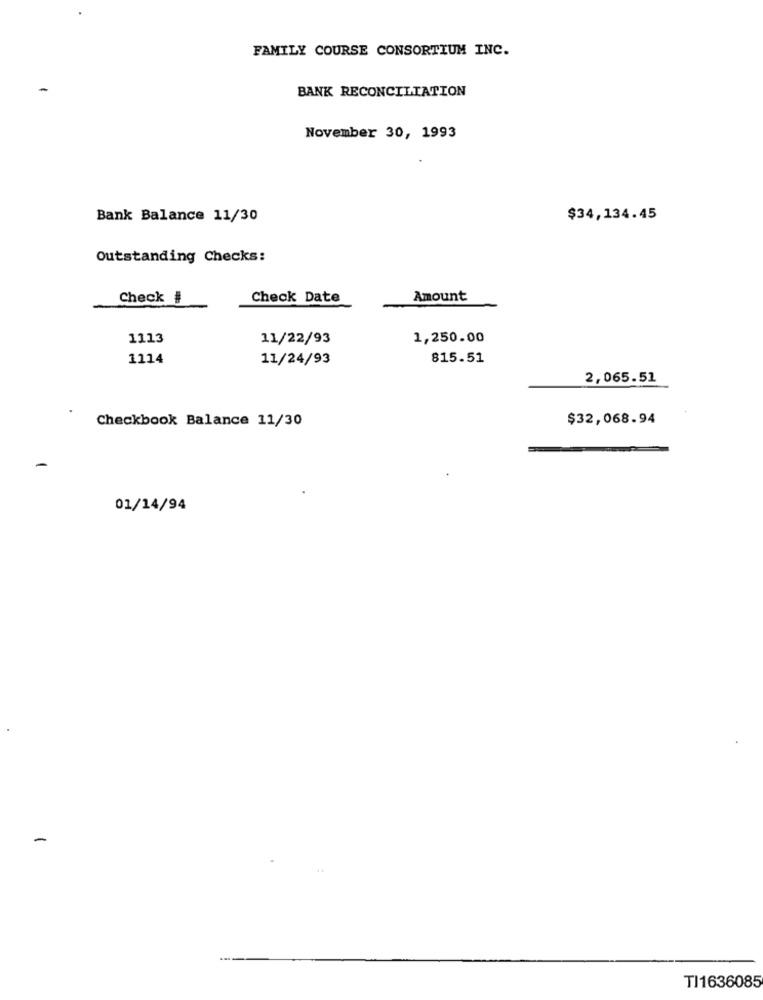
FAMILY COURSE CONSORTIUM INC.
BANK RECONCILIATION
November 30, 1993
Bank Balance 11/30
$34,134.45
Outstanding Checks:
Check #
Check Date
Amount
1113
11/22/93
1,250.00
1114
11/24/93
815.51
2,065.51
Checkbook Balance 11/30
$32,068.94
01/14/94
-
TI1636085